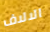
الالاف